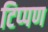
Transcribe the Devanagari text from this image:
टिप्‍पण